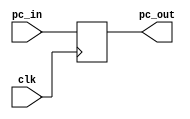
module pc (clk, pc_in, pc_out);
parameter FIRST_PC = 32'h00000000;
input clk;
input [31:0] pc_in;
output reg [31:0] pc_out = FIRST_PC; // PC after reset

always @(posedge clk) begin
    pc_out <= pc_in;
end
endmodule